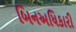
બિનઅધિકારી